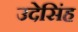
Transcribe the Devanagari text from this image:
उदेसिंह